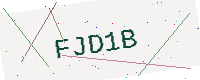
Text: FJD1B